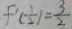
f ^ { \prime } ( \frac { 1 } { 2 } ) = \frac { 3 } { 2 }